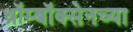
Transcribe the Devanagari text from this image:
थ्रॉम्बॉक्सेनच्या